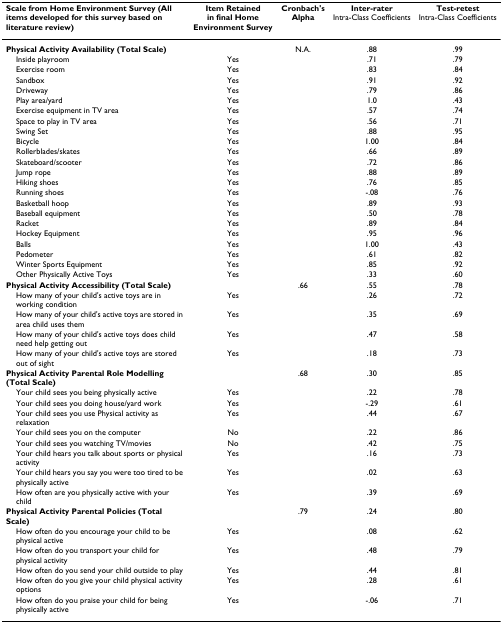
<table><thead><tr><td><b>Scale from Home Environment Survey (All items developed for this survey based on literature review)</b></td><td><b>Item Retained in final Home Environment Survey</b></td><td><b>Cronbach&#x27;s Alpha</b></td><td><b>Inter-raterIntra-Class Coefficients</b></td><td><b>Test-retestIntra-Class Coefficients</b></td></tr></thead><tbody><tr><td><b>Physical Activity Availability (Total Scale)</b></td><td></td><td>N.A.</td><td>.88</td><td>.99</td></tr><tr><td> Inside playroom</td><td>Yes</td><td></td><td>.71</td><td>.79</td></tr><tr><td> Exercise room</td><td>Yes</td><td></td><td>.83</td><td>.84</td></tr><tr><td> Sandbox</td><td>Yes</td><td></td><td>.91</td><td>.92</td></tr><tr><td> Driveway</td><td>Yes</td><td></td><td>.79</td><td>.86</td></tr><tr><td> Play area/yard</td><td>Yes</td><td></td><td>1.0</td><td>.43</td></tr><tr><td> Exercise equipment in TV area</td><td>Yes</td><td></td><td>.57</td><td>.74</td></tr><tr><td> Space to play in TV area</td><td>Yes</td><td></td><td>.56</td><td>.71</td></tr><tr><td> Swing Set</td><td>Yes</td><td></td><td>.88</td><td>.95</td></tr><tr><td> Bicycle</td><td>Yes</td><td></td><td>1.00</td><td>.84</td></tr><tr><td> Rollerblades/skates</td><td>Yes</td><td></td><td>.66</td><td>.89</td></tr><tr><td> Skateboard/scooter</td><td>Yes</td><td></td><td>.72</td><td>.86</td></tr><tr><td> Jump rope</td><td>Yes</td><td></td><td>.88</td><td>.89</td></tr><tr><td> Hiking shoes</td><td>Yes</td><td></td><td>.76</td><td>.85</td></tr><tr><td> Running shoes</td><td>Yes</td><td></td><td>-.08</td><td>.76</td></tr><tr><td> Basketball hoop</td><td>Yes</td><td></td><td>.89</td><td>.93</td></tr><tr><td> Baseball equipment</td><td>Yes</td><td></td><td>.50</td><td>.78</td></tr><tr><td> Racket</td><td>Yes</td><td></td><td>.89</td><td>.84</td></tr><tr><td> Hockey Equipment</td><td>Yes</td><td></td><td>.95</td><td>.96</td></tr><tr><td> Balls</td><td>Yes</td><td></td><td>1.00</td><td>.43</td></tr><tr><td> Pedometer</td><td>Yes</td><td></td><td>.61</td><td>.82</td></tr><tr><td> Winter Sports Equipment</td><td>Yes</td><td></td><td>.85</td><td>.92</td></tr><tr><td> Other Physically Active Toys</td><td>Yes</td><td></td><td>.33</td><td>.60</td></tr><tr><td><b>Physical Activity Accessibility (Total Scale)</b></td><td></td><td>.66</td><td>.55</td><td>.78</td></tr><tr><td> How many of your child&#x27;s active toys are in working condition</td><td>Yes</td><td></td><td>.26</td><td>.72</td></tr><tr><td> How many of your child&#x27;s active toys are stored in area child uses them</td><td>Yes</td><td></td><td>.35</td><td>.69</td></tr><tr><td> How many of your child&#x27;s active toys does child need help getting out</td><td>Yes</td><td></td><td>.47</td><td>.58</td></tr><tr><td> How many of your child&#x27;s active toys are stored out of sight</td><td>Yes</td><td></td><td>.18</td><td>.73</td></tr><tr><td><b>Physical Activity Parental Role Modelling (Total Scale)</b></td><td></td><td>.68</td><td>.30</td><td>.85</td></tr><tr><td> Your child sees you being physically active</td><td>Yes</td><td></td><td>.22</td><td>.78</td></tr><tr><td> Your child sees you doing house/yard work</td><td>Yes</td><td></td><td>-.29</td><td>.61</td></tr><tr><td> Your child sees you use Physical activity as relaxation</td><td>Yes</td><td></td><td>.44</td><td>.67</td></tr><tr><td> Your child sees you on the computer</td><td>No</td><td></td><td>.22</td><td>.86</td></tr><tr><td> Your child sees you watching TV/movies</td><td>No</td><td></td><td>.42</td><td>.75</td></tr><tr><td> Your child hears you talk about sports or physical activity</td><td>Yes</td><td></td><td>.16</td><td>.73</td></tr><tr><td> Your child hears you say you were too tired to be physically active</td><td>Yes</td><td></td><td>.02</td><td>.63</td></tr><tr><td> How often are you physically active with your child</td><td>Yes</td><td></td><td>.39</td><td>.69</td></tr><tr><td><b>Physical Activity Parental Policies (Total Scale)</b></td><td></td><td>.79</td><td>.24</td><td>.80</td></tr><tr><td> How often do you encourage your child to be physical active</td><td>Yes</td><td></td><td>.08</td><td>.62</td></tr><tr><td> How often do you transport your child for physical activity</td><td>Yes</td><td></td><td>.48</td><td>.79</td></tr><tr><td> How often do you send your child outside to play</td><td>Yes</td><td></td><td>.44</td><td>.81</td></tr><tr><td> How often do you give your child physical activity options</td><td>Yes</td><td></td><td>.28</td><td>.61</td></tr><tr><td> How often do you praise your child for being physically active</td><td>Yes</td><td></td><td>-.06</td><td>.71</td></tr></tbody></table>